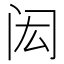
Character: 闳